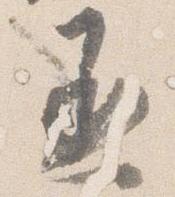
丞